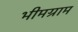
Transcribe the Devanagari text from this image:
भीमग्राम